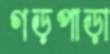
গড়পাড়া